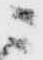
ニ